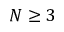
N \geq 3